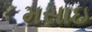
મસાઇ